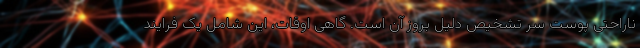
ناراحتی پوست سر تشخیص دلیل بروز آن است. گاهی اوقات، این شامل یک فرایند